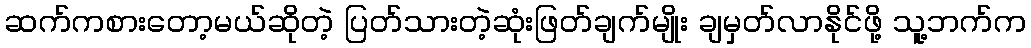
ဆက်ကစားတော့မယ်ဆိုတဲ့ ပြတ်သားတဲ့ဆုံးဖြတ်ချက်မျိုး ချမှတ်လာနိုင်ဖို့ သူ့ဘက်က